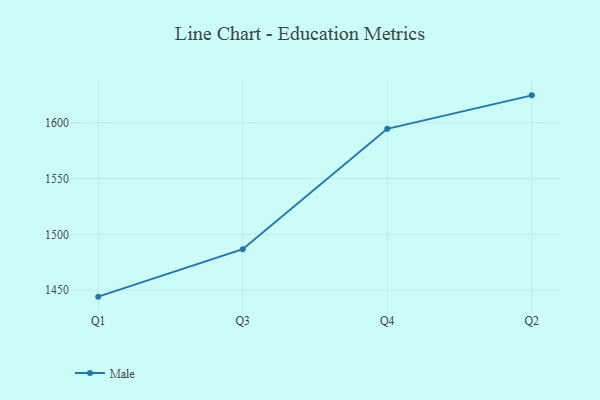
{"axis": {"x": "Quarter", "y": "Bounce Rate (%)"}, "legend": ["Male"], "data": [{"x": "Q1", "y": 1444.2, "type": "Male"}, {"x": "Q3", "y": 1486.7, "type": "Male"}, {"x": "Q4", "y": 1594.5, "type": "Male"}, {"x": "Q2", "y": 1624.5, "type": "Male"}]}